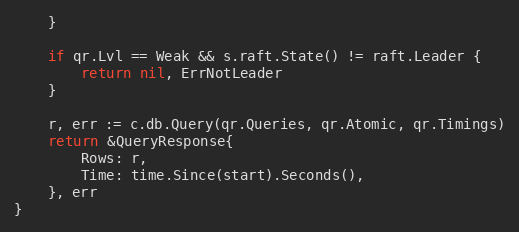
Language: Go
	}

	if qr.Lvl == Weak && s.raft.State() != raft.Leader {
		return nil, ErrNotLeader
	}

	r, err := c.db.Query(qr.Queries, qr.Atomic, qr.Timings)
	return &QueryResponse{
		Rows: r,
		Time: time.Since(start).Seconds(),
	}, err
}